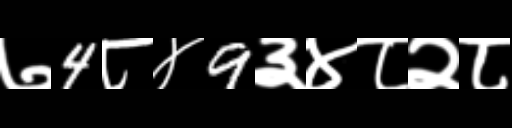
Text: ७4८४9३४८२८